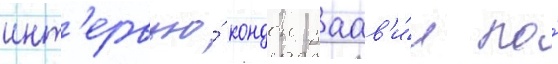
инт'ервью́ кондон заав'и́л по́